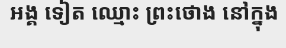
អង្គ ទៀត ឈ្មោះ ព្រះថោង នៅក្នុង